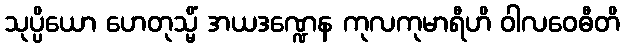
သုပ္ပိယော ဟေတုသ္မိံ အယဒဏ္ဍေန ကုလကုမာရီဟိ ဝါလဝေဓီတိ